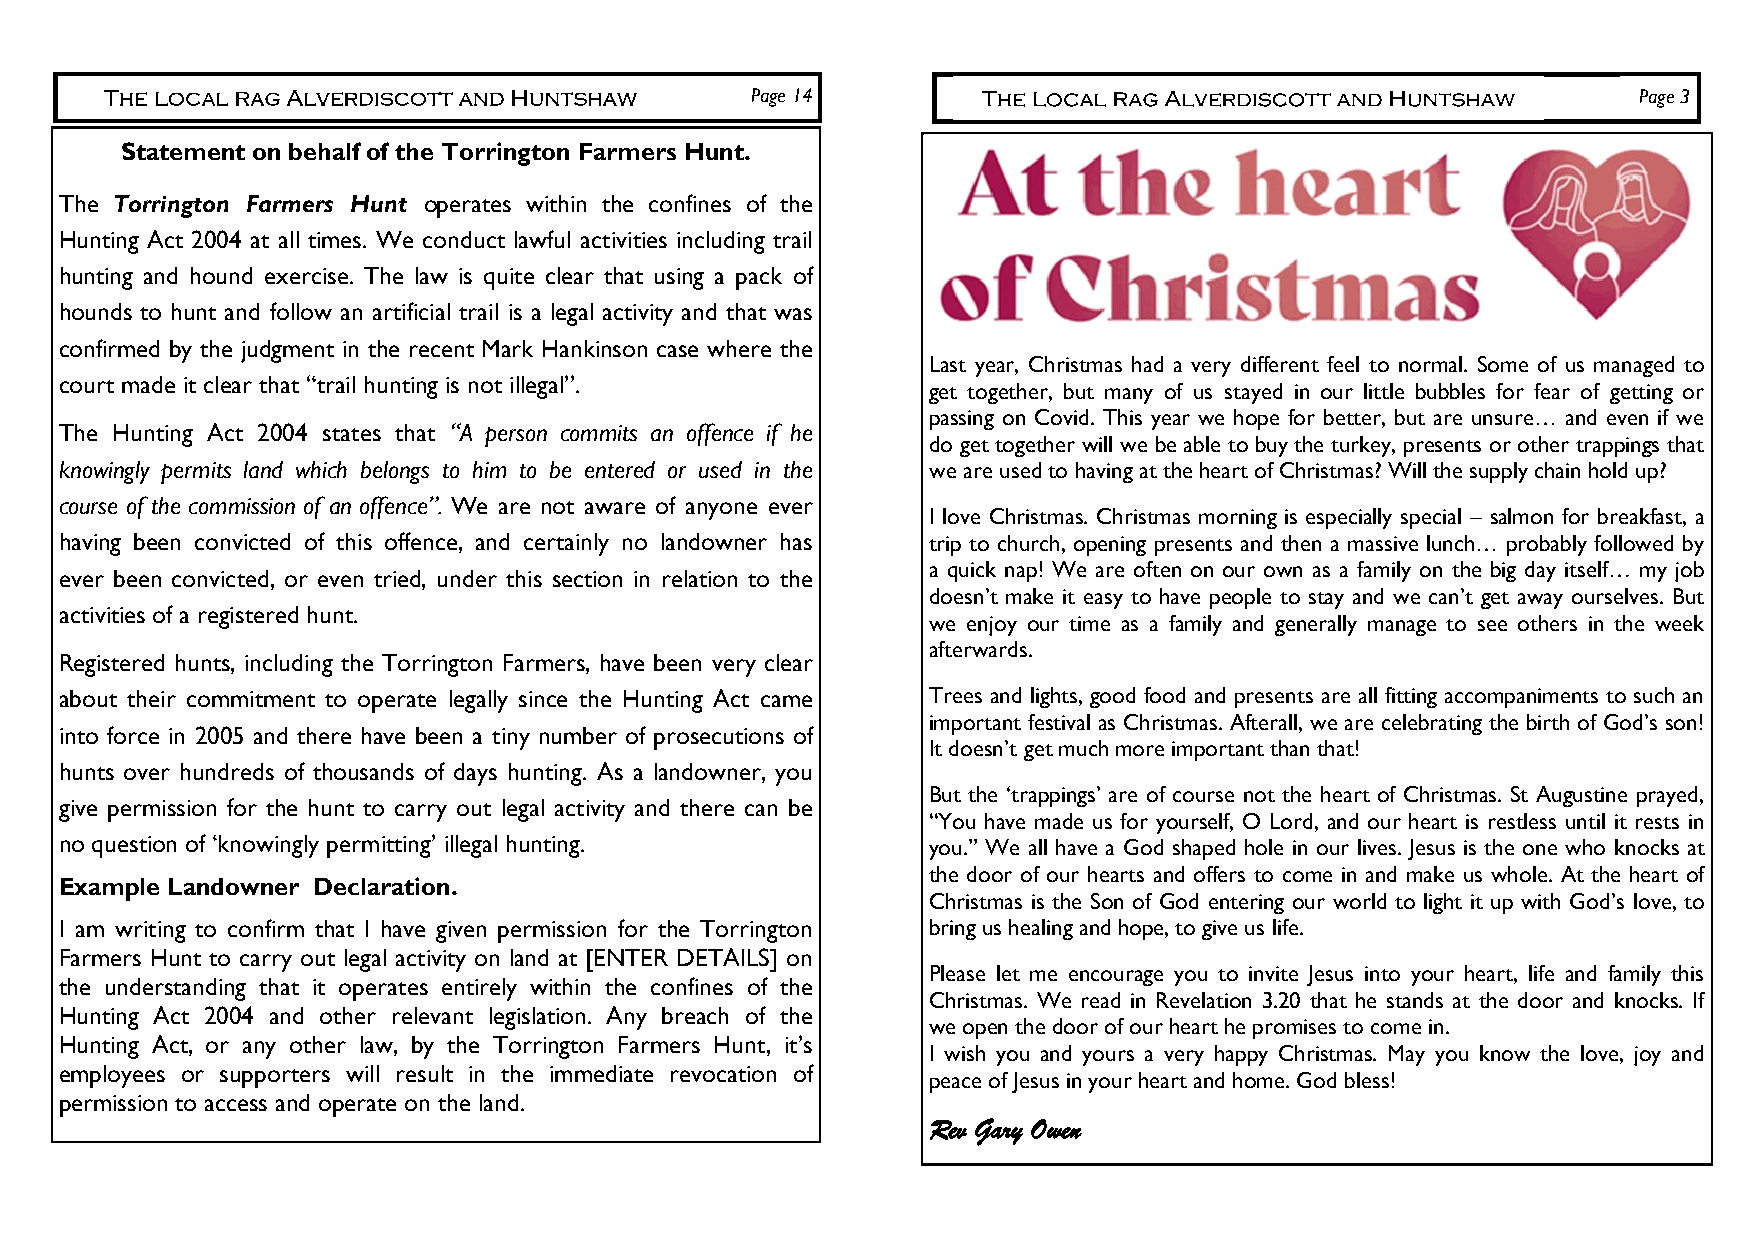
Page 14                                                   Page 3
 Statement on behalf of the Torrington Farmers Hunt.
 The Torrington Farmers Hunt operates within the confines of the
 Hunting Act 2004 at all times. We conduct lawful activities including trail
 hunting and hound exercise. The law is quite clear that using a pack of
 hounds to hunt and follow an artificial trail is a legal activity and that was
 confirmed by the judgment in the recent Mark Hankinson case where the
 Last year, Christmas had a very different feel to normal. Some of us managed to
 court made it clear that “trail hunting is not illegal”.
 get together, but many of us stayed in our little bubbles for fear of getting or
 passing on Covid. This year we hope for better, but are unsure… and even if we
 The Hunting Act 2004 states that “A person commits an offence if he
 do get together will we be able to buy the turkey, presents or other trappings that
 knowingly permits land which belongs to him to be entered or used in the we are used to having at the heart of Christmas? Will the supply chain hold up?
 course of the commission of an offence”. We are not aware of anyone ever
 I love Christmas. Christmas morning is especially special – salmon for breakfast, a
 having been convicted of this offence, and certainly no landowner has trip to church, opening presents and then a massive lunch… probably followed by
 a quick nap! We are often on our own as a family on the big day itself… my job
 ever been convicted, or even tried, under this section in relation to the
 doesn’t make it easy to have people to stay and we can’t get away ourselves. But
 activities of a registered hunt.
 we enjoy our time as a family and generally manage to see others in the week
 afterwards.
 Registered hunts, including the Torrington Farmers, have been very clear
 about their commitment to operate legally since the Hunting Act came Trees and lights, good food and presents are all fitting accompaniments to such an
 important festival as Christmas. Afterall, we are celebrating the birth of God’s son!
 into force in 2005 and there have been a tiny number of prosecutions of
 It doesn’t get much more important than that!
 hunts over hundreds of thousands of days hunting. As a landowner, you
 But the ‘trappings’ are of course not the heart of Christmas. St Augustine prayed,
 give permission for the hunt to carry out legal activity and there can be
 “You have made us for yourself, O Lord, and our heart is restless until it rests in
 no question of ‘knowingly permitting’ illegal hunting.   you.” We all have a God shaped hole in our lives. Jesus is the one who knocks at
 the door of our hearts and offers to come in and make us whole. At the heart of
 Example Landowner Declaration.
 Christmas is the Son of God entering our world to light it up with God’s love, to
 I am writing to confirm that I have given permission for the Torrington bring us healing and hope, to give us life.
 Farmers Hunt to carry out legal activity on land at [ENTER DETAILS] on
 Please let me encourage you to invite Jesus into your heart, life and family this
 the understanding that it operates entirely within the confines of the
 Christmas. We read in Revelation 3.20 that he stands at the door and knocks. If
 Hunting Act 2004 and other relevant legislation. Any breach of the
 we open the door of our heart he promises to come in.
 Hunting Act, or any other law, by the Torrington Farmers Hunt, it’s
 I wish you and yours a very happy Christmas. May you know the love, joy and
 employees or supporters will result in the immediate revocation of
 peace of Jesus in your heart and home. God bless!
 permission to access and operate on the land.
 Rev Gary Owen